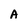
Character: A